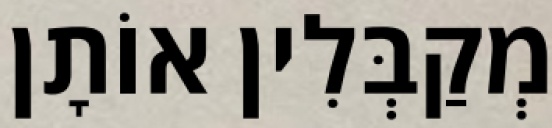
מְקַבְּלִין אוֹתָן